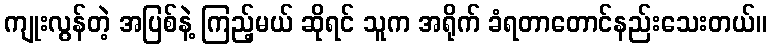
ကျုးလွန်တဲ့ အပြစ်နဲ့ ကြည့်မယ် ဆိုရင် သူက အရိုက် ခံရတာတောင်နည်းသေးတယ်။